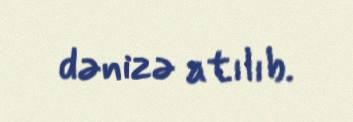
dənizə atılıb.